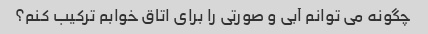
چگونه می توانم آبی و صورتی را برای اتاق خوابم ترکیب کنم؟